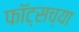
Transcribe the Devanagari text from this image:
फॉट्सच्या